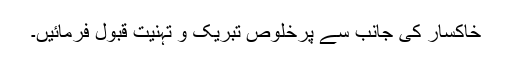
خاکسار کی جانب سے پرخلوص تبریک و تہنیت قبول فرمائیں۔